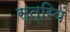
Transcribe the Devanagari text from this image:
स्त्रियं